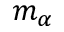
m _ { \alpha }